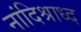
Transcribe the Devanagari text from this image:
नांदिश्राध्द